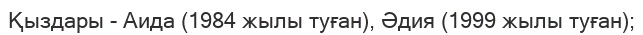
Қыздары - Аида (1984 жылы туған), Әдия (1999 жылы туған);